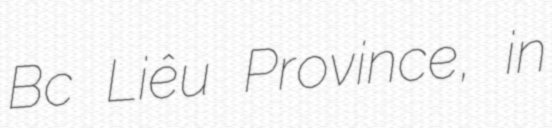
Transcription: Bạc Liêu Province, in